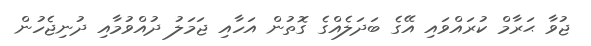
ޖުވާ ޙަރާމް ކުރައްވައި އޭގެ ބަދަލެއްގެ ގޮތުން އަހާއި ޖަމަލު ދުއްވުމާއި ދުނިޖެހުން